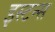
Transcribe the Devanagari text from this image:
इस्टन्स